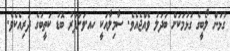
ގުޅުން ލޯބީގެ ގުޅުމަކަށް ބަދަލު ވެއްޖެއެވެ. ސާމިލާއަކީ ހއ.ވަށަފަރު ބޮޑު ކަތީބުގެ ދަރިއެކެވެ.